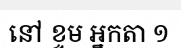
នៅ ខ្ទម អ្នកតា ១